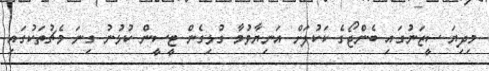
މިދިޔަ ސީޒަނުގައި ބެންޖޯގެ ކަކުލަށް އަނިޔާވުމާ ގުޅިގެން ޓީސީން ކުޅުނު ގިނަ މެޗުތަކުގައި